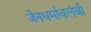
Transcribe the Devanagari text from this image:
जैनधर्मावलंबी